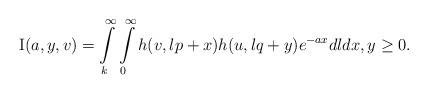
LaTeX: \begin{align*}{\rm I}(a, y, v)=\int\limits_k^{\infty }\int\limits _{0}^{\infty}h(v, lp+x)h(u, lq+y)e^{-ax}dldx,y\geq 0.\end{align*}